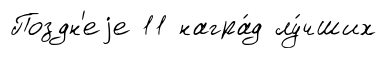
Поздн'еjе 11 награ́д лу́чших